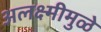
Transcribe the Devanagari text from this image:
अलक्ष्मीमुळे